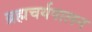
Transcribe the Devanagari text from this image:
ब्रह्मचर्यपालन